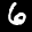
Label: 6